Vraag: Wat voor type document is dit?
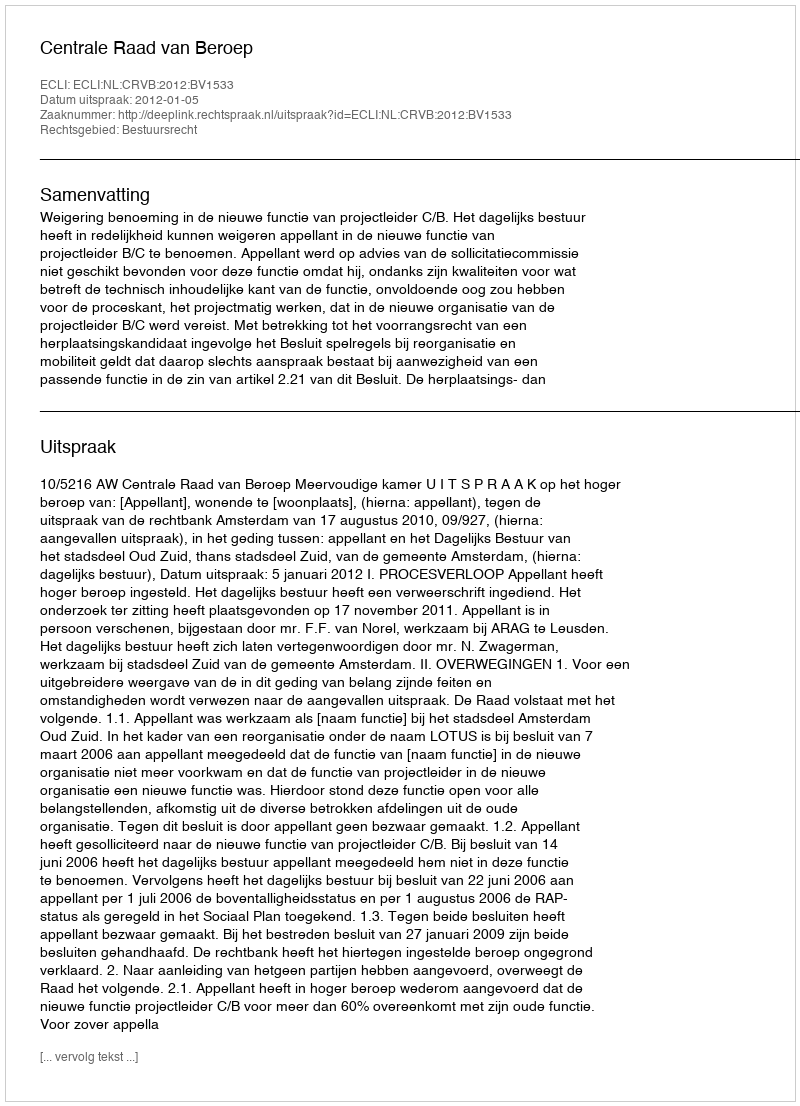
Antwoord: Uitspraak